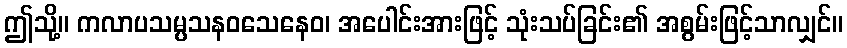
ဤသို့။ ကလာပသမ္ပသနဝသေနေဝ၊ အပေါင်းအားဖြင့် သုံးသပ်ခြင်း၏ အစွမ်းဖြင့်သာလျှင်။